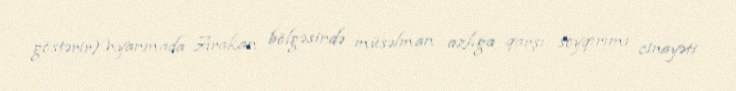
göstərirMyanmada Arakan bölgəsində müsəlman azlığa qarşı soyqırımı cinayəti